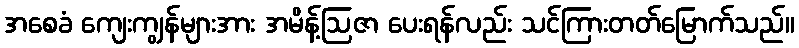
အစေခံ ကျေးကျွန်များအား အမိန့်ဩဇာ ပေးရန်လည်း သင်ကြားတတ်မြောက်သည်။